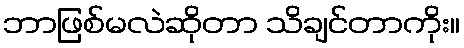
ဘာဖြစ်မလဲဆိုတာ သိချင်တာကိုး။